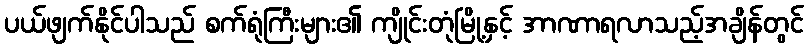
ပယ်ဖျက်နိုင်ပါသည် စက်ရုံကြီးများ၏ ကျိုင်းတုံမြို့နှင့် အာဏာရလာသည့်အချိန်တွင်